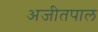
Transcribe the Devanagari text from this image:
अजीतपाल